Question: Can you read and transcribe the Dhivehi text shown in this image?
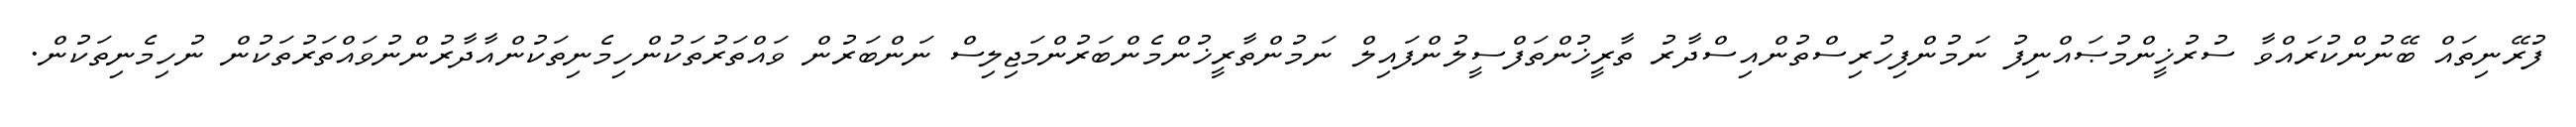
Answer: ފުރޭނިތައް ބޭނުންކުރައްވާ ސުރުޚީންމުޞައްނިފު ނަމުންފިހުރިސްތުންއިސްދާރު ތާރީޚުންތަފްސީލުންފައިލް ނަމުންތާރީޚުންމެންބަރުންމަޖިލިސް ނަންބަރުން ވައްތަރުތަކުންހިމެނިތަކުންއާދާރުންނުވައްތަރުތަކުން ނުހިމެނިތަކުން.